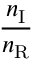
\frac { n _ { \mathrm { I } } } { n _ { \mathrm { R } } }